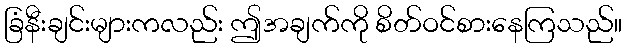
ခြံနီးချင်းများကလည်း ဤအချက်ကို စိတ်ဝင်စားနေကြသည်။